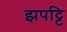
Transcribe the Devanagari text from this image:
झपट्टि